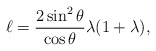
\begin{align*} \ell=\frac{2\sin^2\theta}{\cos\theta}\lambda(1+\lambda),\end{align*}